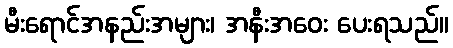
မီးရောင်အနည်းအများ၊ အနီးအဝေး ပေးရသည်။